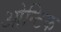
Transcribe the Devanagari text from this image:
ओन्टिक